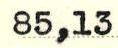
85,13